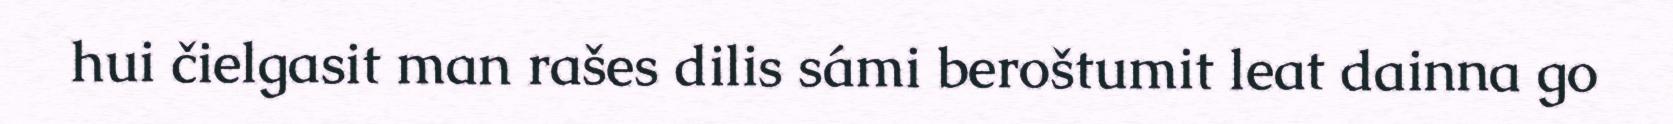
hui čielgasit man rašes dilis sámi beroštumit leat dainna go